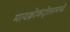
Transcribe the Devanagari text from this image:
मायक्रोकंट्रोलरमध्ये